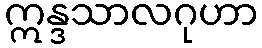
ဣန္ဒသာလဂုဟာ